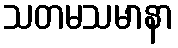
သတမသမာနာ